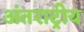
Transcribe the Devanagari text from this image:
अंतराट्रीय